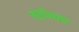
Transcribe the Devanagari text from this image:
स्ट्राँश्यम